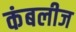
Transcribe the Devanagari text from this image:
कंबलीज